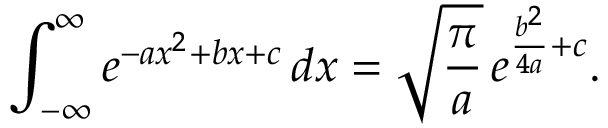
\int _ { - \infty } ^ { \infty } e ^ { - a x ^ { 2 } + b x + c } \, d x = { \sqrt { \frac { \pi } { a } } } \, e ^ { { \frac { b ^ { 2 } } { 4 a } } + c } .